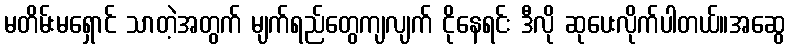
မတိမ်းမရှောင် သာတဲ့အတွက် မျက်ရည်တွေကျလျက် ငိုနေရင်း ဒီလို ဆုပေးလိုက်ပါတယ်။အဆွေ